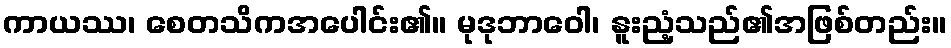
ကာယဿ၊ စေတသိကအပေါင်း၏။ မုဒုဘာဝေါ၊ နူးညံ့သည်၏အဖြစ်တည်း။